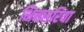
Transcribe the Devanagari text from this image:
भिनसरिया